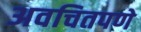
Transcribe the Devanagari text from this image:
अवचितपणे